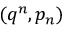
( q ^ { n } , p _ { n } )